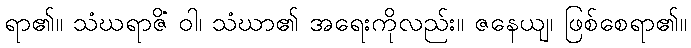
ရာ၏။ သံဃရာဇိံ ဝါ၊ သံဃာ၏ အရေးကိုလည်း။ ဇနေယျ၊ ဖြစ်စေရာ၏။